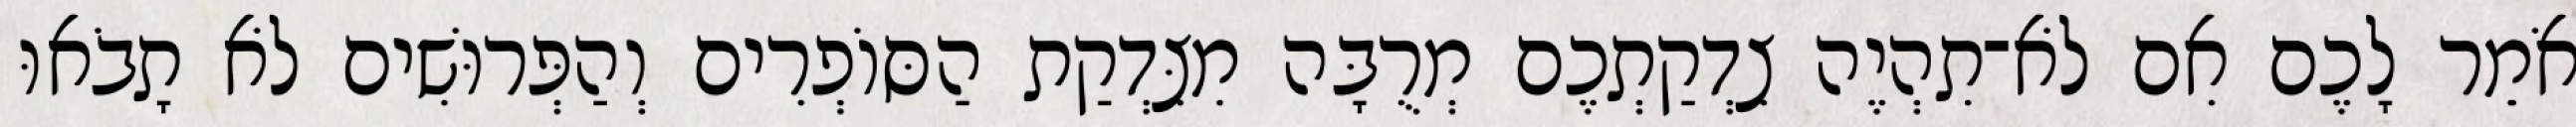
אֹמֵר לָכֶם אִם לֹא־תִהְיֶה צִדְקַתְכֶם מְרֻבָּה מִצִּדְקַת הַסּוֹפְרִים וְהַפְּרוּשִׁים לֹא תָבֹאוּ